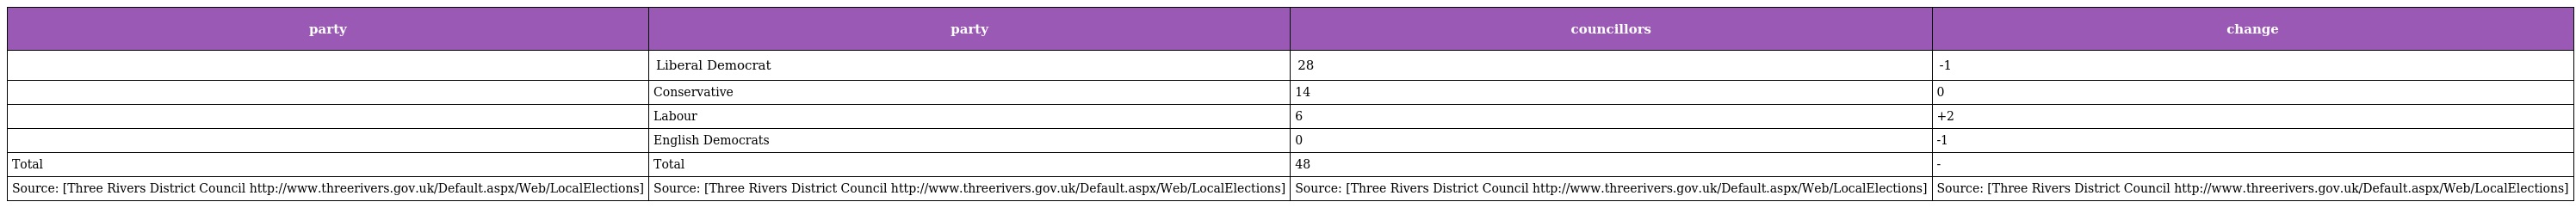
| party | party | councillors | change |
 | --- | --- | --- | --- |
 |  | Liberal Democrat | 28 | -1 |
 |  | Conservative | 14 | 0 |
 |  | Labour | 6 | +2 |
 |  | English Democrats | 0 | -1 |
 | Total | Total | 48 | - |
 | Source: [Three Rivers District Council http://www.threerivers.gov.uk/Default.aspx/Web/LocalElections] | Source: [Three Rivers District Council http://www.threerivers.gov.uk/Default.aspx/Web/LocalElections] | Source: [Three Rivers District Council http://www.threerivers.gov.uk/Default.aspx/Web/LocalElections] | Source: [Three Rivers District Council http://www.threerivers.gov.uk/Default.aspx/Web/LocalElections] |